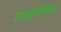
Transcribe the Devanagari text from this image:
तत्त्वनिष्ठं